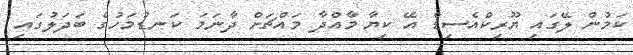
ކަމުން ލޭގައި ޔޫރިކްއެސިޑް އޭ ކިޔާ މާއްދާ މައްޗަށް ދާނަމަ ކަނޑުމަހުގެ ބަދަލުގައި